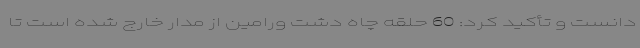
دانست و تأکید کرد: 60 حلقه چاه دشت ورامین از مدار خارج شده است تا